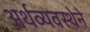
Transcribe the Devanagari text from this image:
अर्थव्यवस्थेने